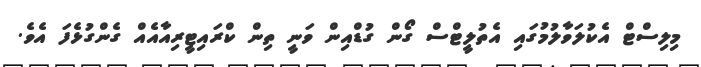
މިލިސްޓް އެކުލަވާލުމުގައި އެތުލީޓްސް ގޯން ގުޑްއިން ވަނީ ތިން ކްރައިޓީރިއާއެއް ގެންގުޅެފަ އެވެ.